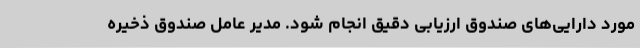
مورد دارایی‌های صندوق ارزیابی دقیق انجام شود. مدیر عامل صندوق ذخیره